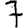
Digit: 7